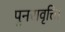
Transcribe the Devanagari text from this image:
पुनरावृत्ति।